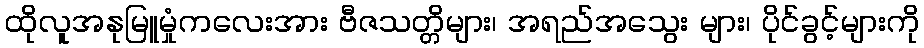
ထိုလူအနုမြူမှုံကလေးအား ဗီဇသတ္တိများ၊ အရည်အသွေး များ၊ ပိုင်ခွင့်များကို